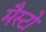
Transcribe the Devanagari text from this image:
मैस्टो